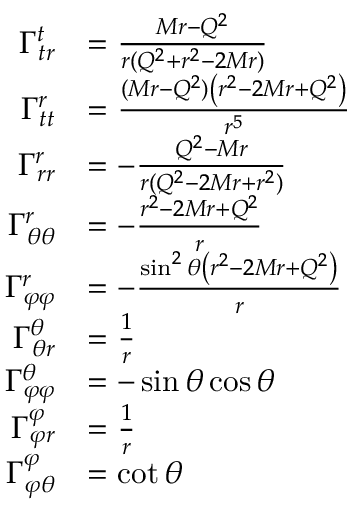
{ \begin{array} { r l } { \Gamma _ { t r } ^ { t } } & { = { \frac { M r - Q ^ { 2 } } { r ( Q ^ { 2 } + r ^ { 2 } - 2 M r ) } } } \\ { \Gamma _ { t t } ^ { r } } & { = { \frac { ( M r - Q ^ { 2 } ) \left( r ^ { 2 } - 2 M r + Q ^ { 2 } \right) } { r ^ { 5 } } } } \\ { \Gamma _ { r r } ^ { r } } & { = - { \frac { Q ^ { 2 } - M r } { r ( Q ^ { 2 } - 2 M r + r ^ { 2 } ) } } } \\ { \Gamma _ { \theta \theta } ^ { r } } & { = - { \frac { r ^ { 2 } - 2 M r + Q ^ { 2 } } { r } } } \\ { \Gamma _ { \varphi \varphi } ^ { r } } & { = - { \frac { \sin ^ { 2 } \theta \left( r ^ { 2 } - 2 M r + Q ^ { 2 } \right) } { r } } } \\ { \Gamma _ { \theta r } ^ { \theta } } & { = { \frac { 1 } { r } } } \\ { \Gamma _ { \varphi \varphi } ^ { \theta } } & { = - \sin \theta \cos \theta } \\ { \Gamma _ { \varphi r } ^ { \varphi } } & { = { \frac { 1 } { r } } } \\ { \Gamma _ { \varphi \theta } ^ { \varphi } } & { = \cot \theta } \end{array} }